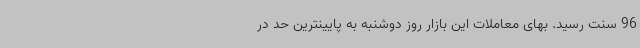
96 سنت رسید. بهای معاملات این بازار روز دوشنبه به پایینترین حد در